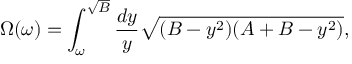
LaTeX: \Omega ( \omega ) = \int _ { \omega } ^ { \sqrt { B } } { \frac { d y } { y } } \sqrt { ( B - y ^ { 2 } ) ( A + B - y ^ { 2 } ) } ,